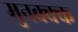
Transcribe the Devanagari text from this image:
मुनक्क्क